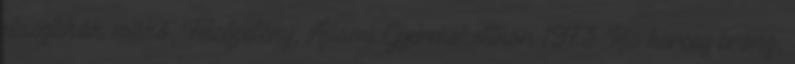
plasztikák műkő, Felsőpetény, Állami Gyermekotthon 1973 Kis herceg bronz,